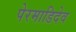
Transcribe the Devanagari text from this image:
पेरमाडिदेव